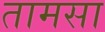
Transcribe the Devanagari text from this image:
तामसा